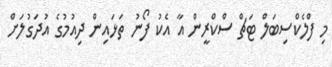
މި ފްލެކްސިބަލް ޓަޗް ސްކްރީން އާ އެކު ފޯނު ތަޅައިން ދިއުމުގެ އުދަގުލަށް